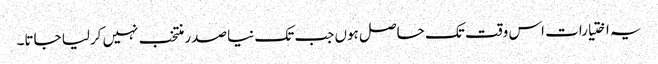
یہ اختیارات اس وقت تک حاصل ہوں جب تک نیا صدر منتخب نہیں کرلیا جاتا۔